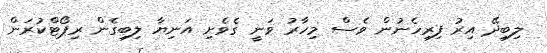
ލިބިދޭ އިރު ފިރިހެނުން ވެސް މިހާރު ވަނީ ގެވެށި އަނިޔާ ލިބިގެން ރިޕޯޓްކުރަން